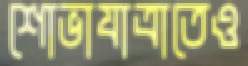
শোভাযাত্রাতেও